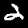
Label: 2